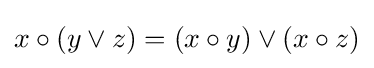
x\circ (y\lor z)=(x\circ y)\lor (x\circ z)